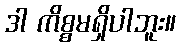
ဒါ ကိစ္စမရှိပါဘူး။